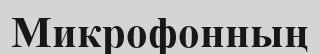
Микрофонның